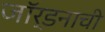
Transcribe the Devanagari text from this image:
जॉर्डनाची